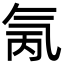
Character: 氞